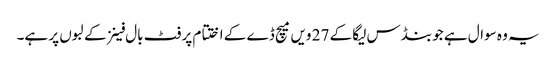
یہ وہ سوال ہے جو بنڈس لیگا کے 27 ویں میچ ڈے کے اختتام پر فٹ بال فینز کے لبوں پر ہے۔